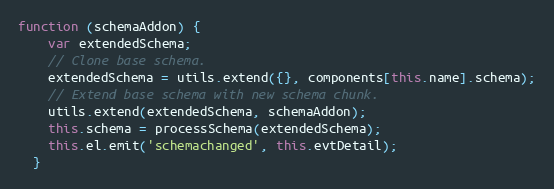
Language: JavaScript
function (schemaAddon) {
    var extendedSchema;
    // Clone base schema.
    extendedSchema = utils.extend({}, components[this.name].schema);
    // Extend base schema with new schema chunk.
    utils.extend(extendedSchema, schemaAddon);
    this.schema = processSchema(extendedSchema);
    this.el.emit('schemachanged', this.evtDetail);
  }